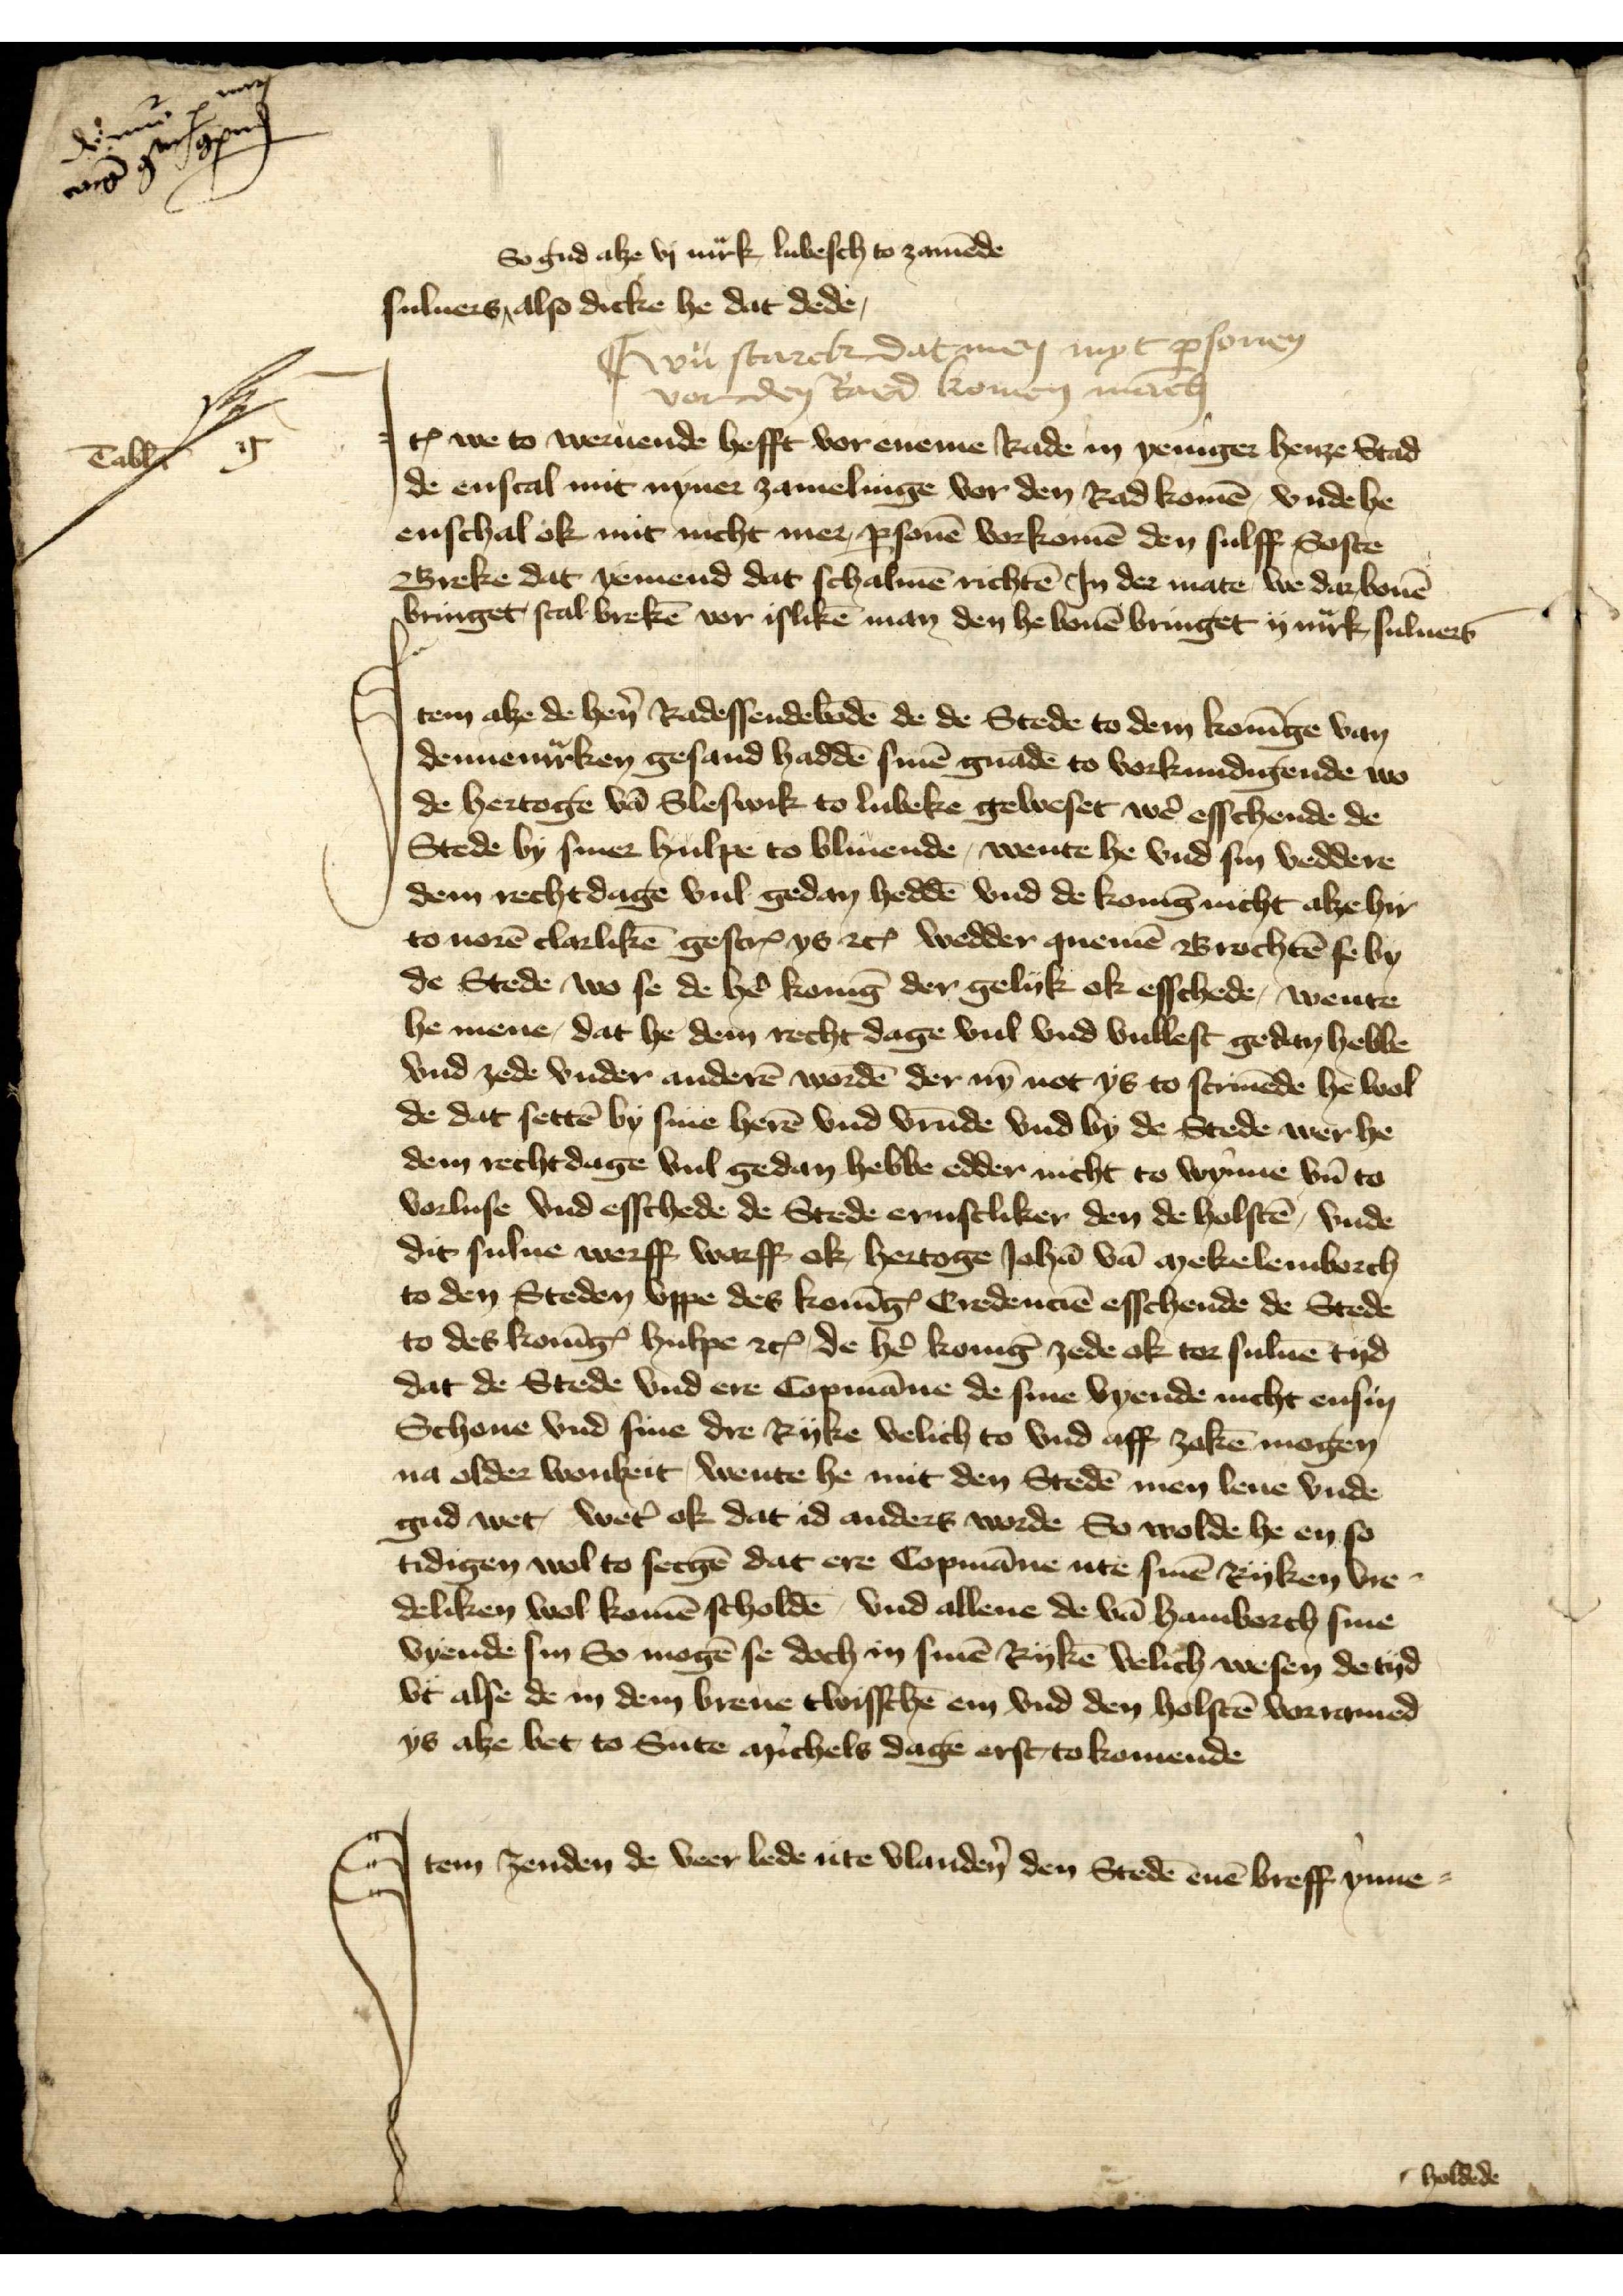
denne x man
nag g gpnf

So gud alze vj mͣrk lubesch to zamēde
sulvers, also dicke he dat dede

I vu starcke dat men myt ꝑsonen
vor den Rad komen merīg

Jꝷ we to weruende hefft vor eneme Rade in yeniger henze Stad
de enscal mit nyner zamelingen vor den Rad komē, vnde he
enschal ok mit nicht mer ꝑsonen vorkomē den sulff Soste
Breke dat yemend dat schalmē richtē Jn der mate we dar bouē
bringet scal brekē vor islikē man den he bouē bringet ij mͣrk suluers

Item alze de hẻn Radessendebodē de de Stede to dem konīge van
Dennemͣrken gesand haddē sinē gnadē to vorkundigende wo
de hertoge vā Sleswik to Lubeke geweset wẻ esschende de 
Stede by siner hulpe to blivende, wente he vnd sin veddere
dem recht dage vul gedan etꝬ heddē vnd de konīg nicht alze hyr
to uorē clarlikē gescrꝬ ys etꝬ wedder quemē Brochtē se by
de Stede wo se de hẻ konīg der gelyk ok esschede, wente
he mene, dat he dem recht dage vul vnd vullest gedan hebbe
vnd zede vnder anderē wordē der nȳ not ys to scrivēde he wol
de dat settē by sine herē vnd vrūde vnd by de Stede wer he
dem rechtdage vul gedan hebbe edder nicht to wynne vn̄ to
vorluse vnd esschede de Stede ernstliker den de holstē, vnde
dit sulue werff warff ok, hertoge Johā vā Mekelemborch
to den Steden vppe des konīges Credenciē esschende de Stede
to des konīgꝬ hulpe etc, de hẻ konīg zede ok tor suluē tyd
dat de Stede vnd ere Copmāne de sine vyende nicht ensin 
Schone vnd sine dre Ryke velich to vnd aff zakē mogen
na older wonheit, wente he mit den Stedē men lene vnde
gud wet, wet̉ ok dat id anders worde So wolde he en so
tidigen wol to secgē dat ere Copmāne ute sinē Ryken Vre¬
deliken wol komē scholdē, vnd allene de vā Hamborch sine
vyende sin So mogē se doch in sinē Rykē velich wesen de tyd
vt alse de in dem breue twischē em vnd den holstē vorramed
ys alse bet, to sūte michels dage erst, to komende

Item zenden de veer lede ute Vlandẻn den Stedē enē breff ynne¬
holdende

Tab̄la

g